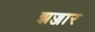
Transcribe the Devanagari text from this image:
झज्जार